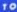
TO